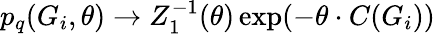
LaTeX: p_{q}(G_{i},\theta)\rightarrow{Z_{1}^{-1}(\theta)}\exp(-\theta\cdot C(G_{i}))